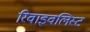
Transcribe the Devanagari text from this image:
रिवाइवलिस्ट